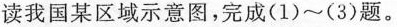
读我国某区域示意图，完成(1)~(3)题。